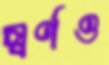
স্বর্ণও